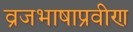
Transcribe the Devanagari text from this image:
व्रजभाषाप्रवीण